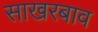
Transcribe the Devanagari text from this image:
साखरबाव